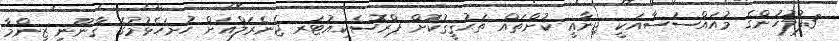
3ފުލުހުންގެ މުއައްސަސާއަކީ ޖިނާޢީ ކުށްތައް ތަޙުޤީޤުކޮށް ޕްރޮސެކިއުޓަރ ޖެނެރަލްއަށް ހުށަހެޅުމުގެ ޤާނޫނީ ޒިންމާ